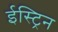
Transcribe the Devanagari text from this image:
ईस्ट्रिन